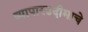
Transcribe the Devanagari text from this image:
व्यापारउदीमाचे